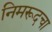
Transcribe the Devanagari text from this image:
निमरूदचा